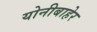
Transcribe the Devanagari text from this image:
योनीबाहेर